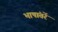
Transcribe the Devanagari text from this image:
भाषांतरें